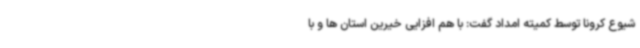
شیوع کرونا توسط کمیته امداد گفت: با هم افزایی خیرین استان ها و با